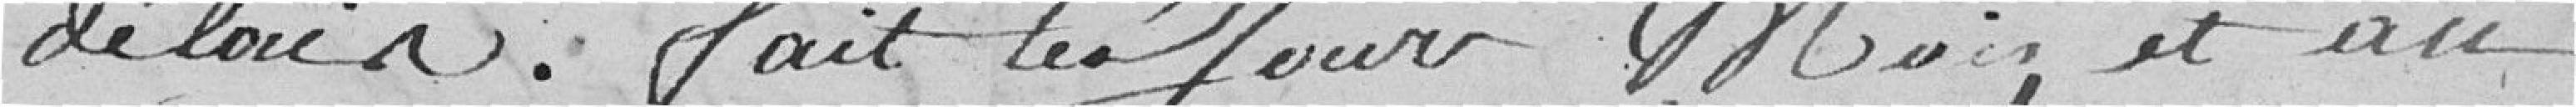
délai, fait les jours, mois et an